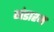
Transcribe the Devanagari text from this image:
गंडाश्म